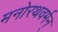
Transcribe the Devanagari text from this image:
मनोरथवर्मन्